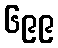
၆၉၉